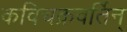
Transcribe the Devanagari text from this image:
कविचक्रवर्तिन्